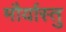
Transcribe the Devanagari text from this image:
मौर्यास्तु